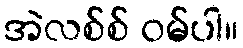
အဲလစ်စ် ဝမ်ပါ။